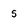
Character: s